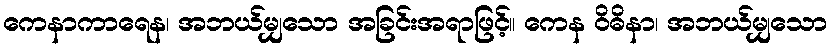
ကေနာကာရေန၊ အဘယ်မျှသော အခြင်းအရာဖြင့်။ ကေန ဝိဓိနာ၊ အဘယ်မျှသော